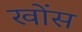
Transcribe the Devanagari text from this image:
खोंस